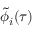
\tilde { \phi } _ { i } ( \tau )